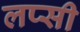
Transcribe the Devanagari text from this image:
लप्सी